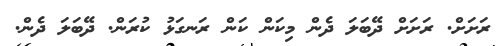
ރަށަށް. ރަށަށް ދޭބަލަ ދެން މިކަން ކަން ރަނގަޅު ކުރަން. ދޭބަލަ ދެން.